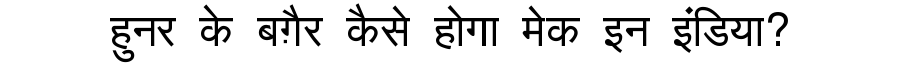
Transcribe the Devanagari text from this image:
हुनर के बग़ैर कैसे होगा मेक इन इंडिया?